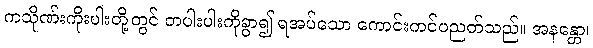
ကသိုဏ်းကိုးပါးတို့တွင် တပါးပါးကိုခွာ၍ ရအပ်သော ကောင်းကင်ပညတ်သည်။ အနန္တော၊